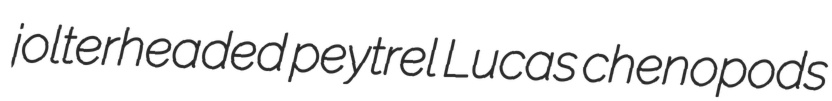
jolterheaded peytrel Lucas chenopods